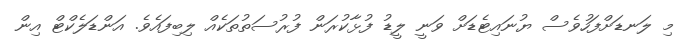
މި ލަނޑަށްފަހުވެސް ޔުނައިޓެޑަށް ވަނީ ލީޑު ފުޅާކުރަން ފުރުސަތުތަކެއް ލިބިފައެވެ. އަންޑަލެކްޓް އިން